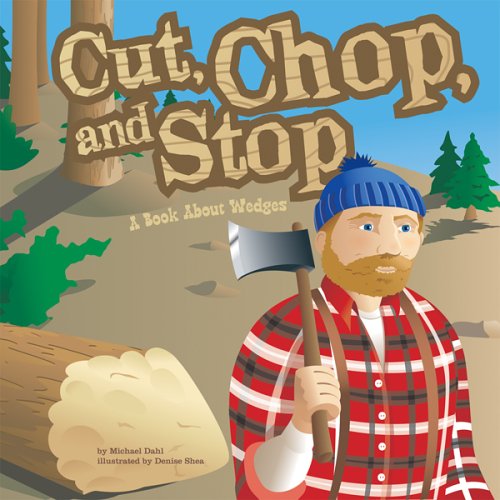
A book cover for Cut, Chop, and Stop: A Book About Wedges (Amazing Science: Simple Machines); Michael Dahl; Children's Books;